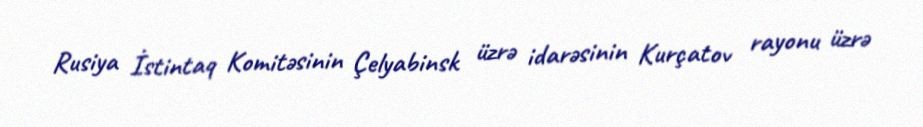
Rusiya İstintaq Komitəsinin Çelyabinsk üzrə idarəsinin Kurçatov rayonu üzrə